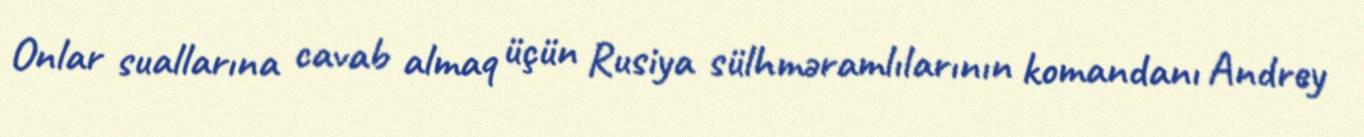
Onlar suallarına cavab almaq üçün Rusiya sülhməramlılarının komandanı Andrey